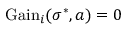
{ \mathrm { G a i n } } _ { i } ( \sigma ^ { * } , a ) = 0